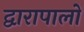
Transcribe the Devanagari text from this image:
द्वारापालों